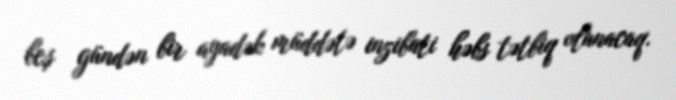
beş gündən bir ayadək müddətə inzibati həbs tətbiq olunacaq.